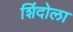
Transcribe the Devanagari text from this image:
शिंदोला